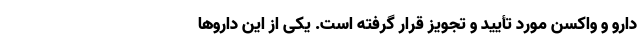
دارو و واکسن مورد تأیید و تجویز قرار گرفته است. یکی از این داروها